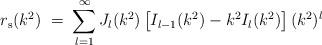
LaTeX: \begin{align*}r_{\rm s}(k^2)\;=\;\sum_{l=1}^\infty J_l(k^2)\left[I_{l-1}(k^2)-k^2I_l(k^2)\right] (k^2)^l\end{align*}